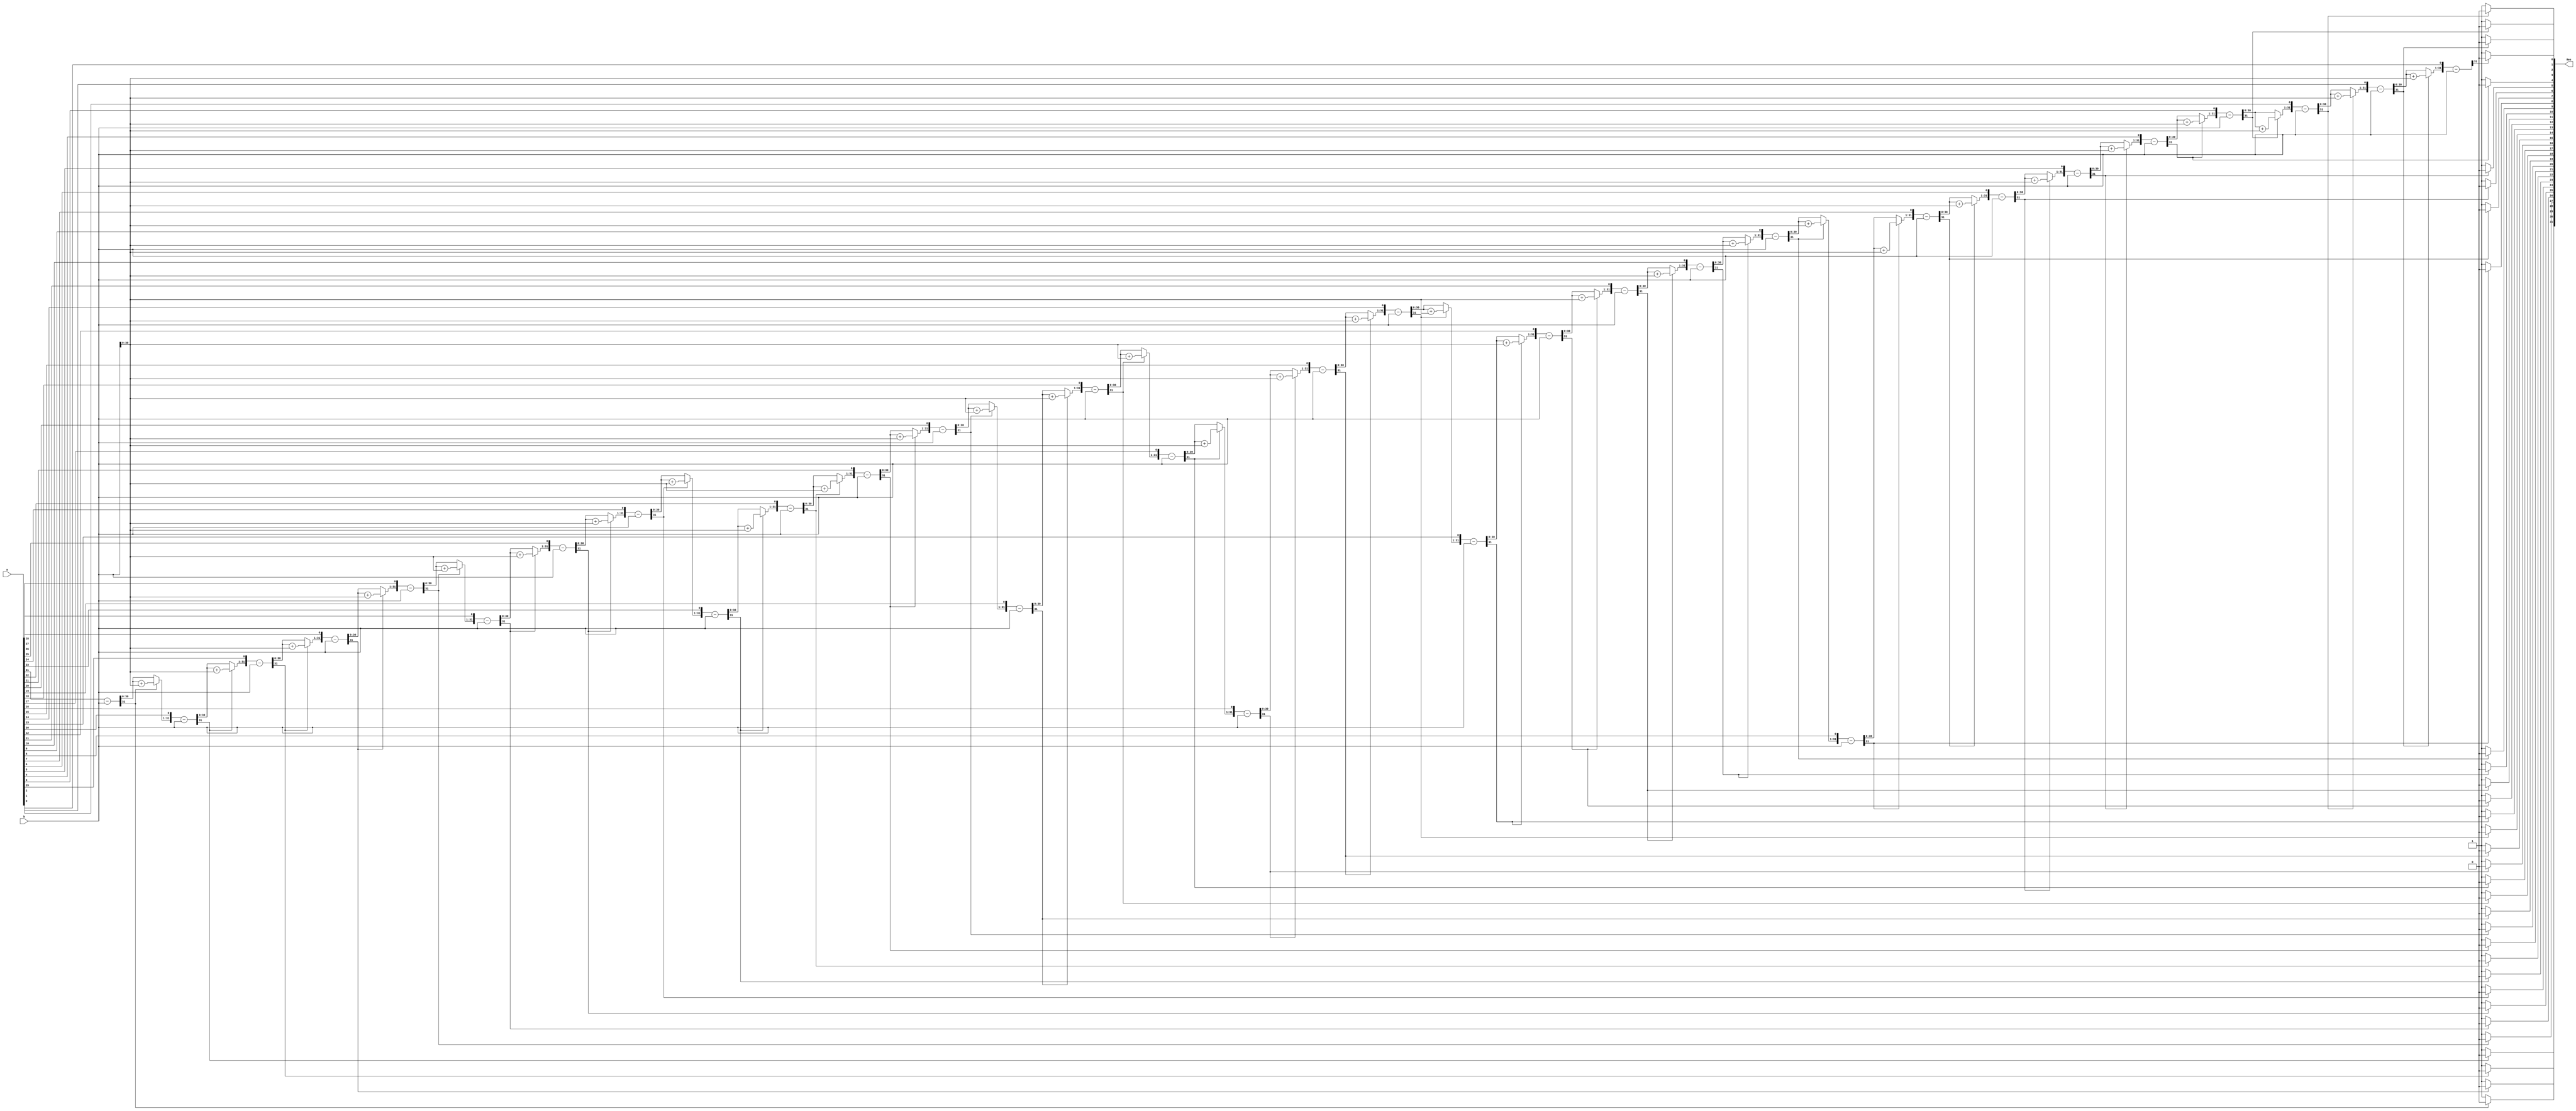
module division//(a,B,Res);

    //the size of input and output ports of the division module is generic.
    #(parameter width = 32)
    (
    //input and output ports.
    input [width-1:0] b,
    input [width-1:0] a,
    output [width-1:0] Res
    );
    //internal variables
    reg [width-1:0] Res = 0;
    reg [width-1:0] qot,divs;
    reg [width:0] remander;
    integer i;

    always@ (a or b)
    begin
        //initialize the variables.
        qot = a;
        divs = b;
        remander= 0;
        for(i=0;i < width;i=i+1)    begin //start the for loop
            remander = {remander[width-2:0],qot[width-1]};
            qot[width-1:1] = qot[width-2:0];
            remander = remander-divs;
            if(remander[width-1] == 1)    begin
                qot[0] = 0;
                remander = remander + divs;   end
            else
                qot[0] = 1;
        end
        Res = qot;
    end

endmodule